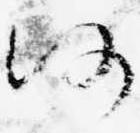
仍